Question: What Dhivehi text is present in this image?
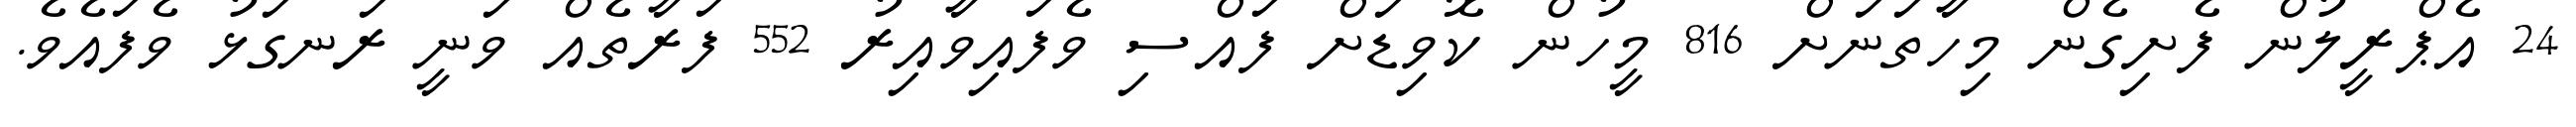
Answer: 24 އެޕްރީލުން ފެށިގެން މިހާތަނަށް 816 މީހުން ކޮވިޑަށް ފައްސި ވެފައިވާއިރު 552 ފަރާތެއް ވަނީ ރަނގަޅު ވެފައެވެ.